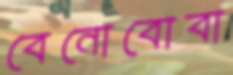
বেনোবোবা